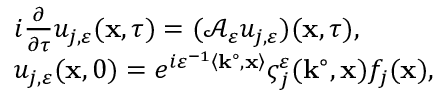
\begin{array} { r l } & { i \frac { \partial } { \partial \tau } u _ { j , \varepsilon } ( \mathbf { x } , \tau ) = ( \mathcal { A } _ { \varepsilon } u _ { j , \varepsilon } ) ( \mathbf { x } , \tau ) , } \\ & { u _ { j , \varepsilon } ( \mathbf { x } , 0 ) = e ^ { i \varepsilon ^ { - 1 } \left\langle \mathbf { k } ^ { \circ } , \mathbf { x } \right\rangle } \varsigma _ { j } ^ { \varepsilon } ( \mathbf { k } ^ { \circ } , \mathbf { x } ) f _ { j } ( \mathbf { x } ) , } \end{array}